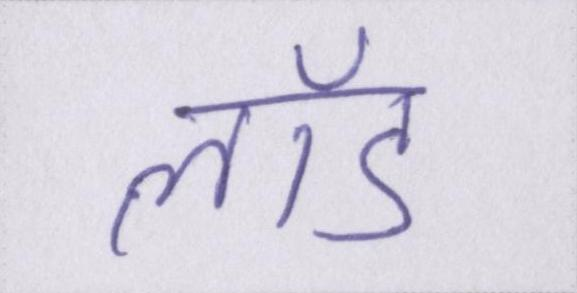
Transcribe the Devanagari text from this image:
लॉड